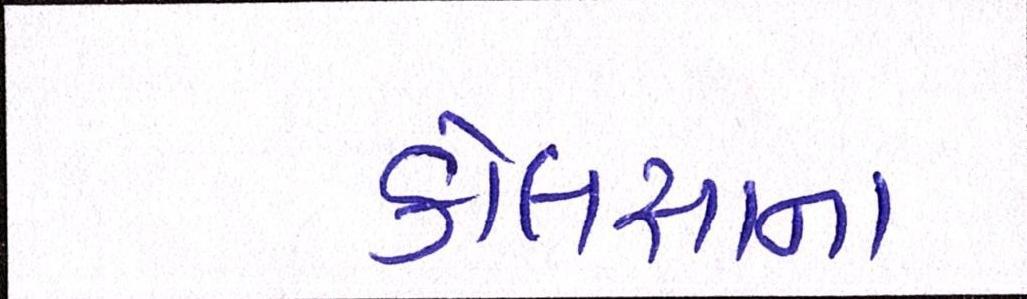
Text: કોલસાના